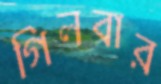
গিলবার